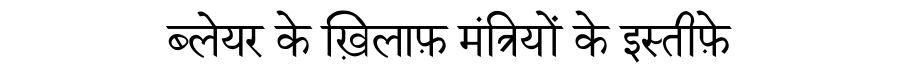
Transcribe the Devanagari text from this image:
ब्लेयर के ख़िलाफ़ मंत्रियों के इस्तीफ़े